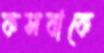
কসবাকে